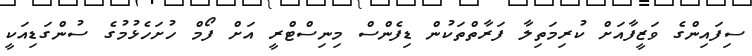
ސިފައިންގެ ވަޒީފާއަށް ކުރިމަތިލާ ފަރާތްތަކުން ޑިފެންސް މިނިސްޓްރީ އަށް ފޯމް ހުށަހެޅުމުގެ ސުންގަޑިއަކީ